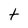
Character: t